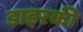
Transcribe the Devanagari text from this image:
डाइरकी